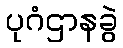
ပုဂံဌာနခွဲ